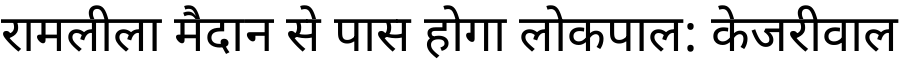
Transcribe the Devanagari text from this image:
रामलीला मैदान से पास होगा लोकपाल: केजरीवाल